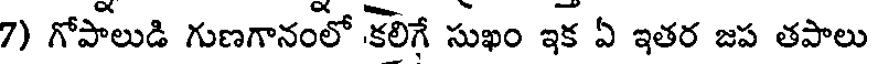
7) గోపాలుడి గుణగానంలో కలిగే సుఖం ఇక ఏ ఇతర జప తపాలు